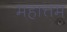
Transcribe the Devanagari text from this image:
महात्तम